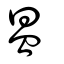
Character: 𥁕